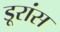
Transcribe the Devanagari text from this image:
डूरांस